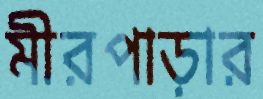
মীরপাড়ার